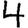
Digit: 4